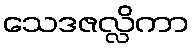
သေဒဇလ္လိကာ